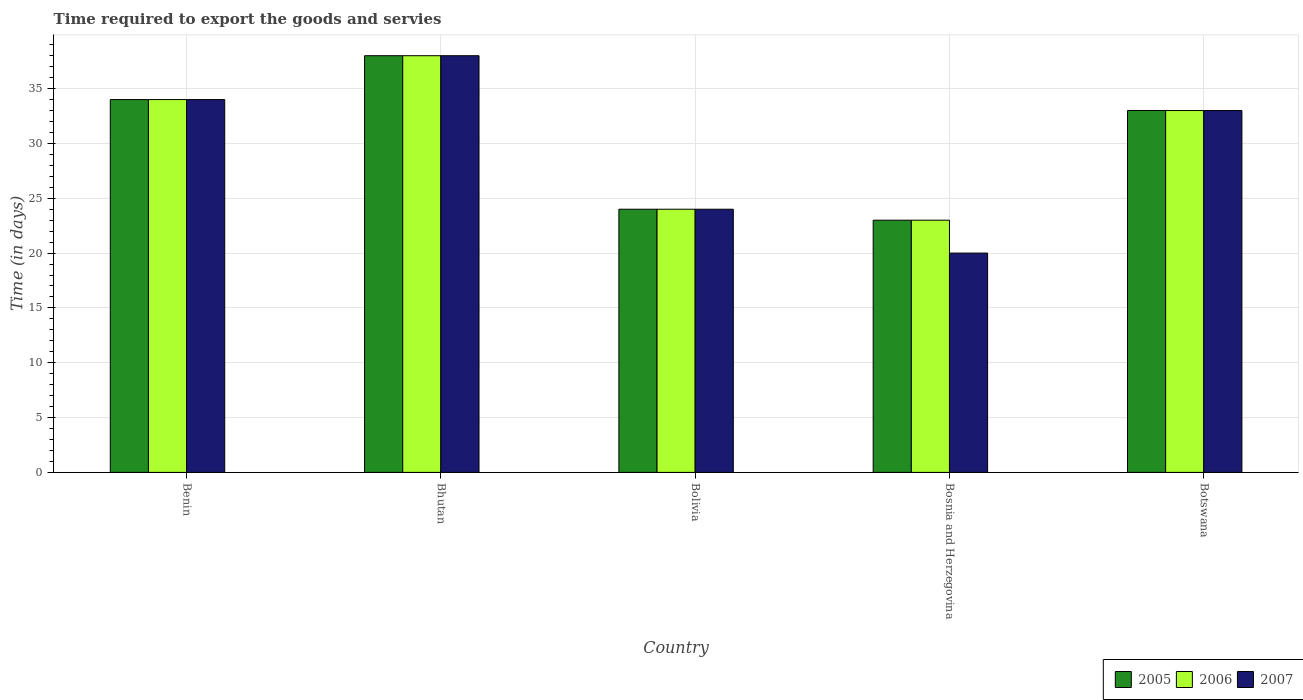
| Country | 2005 | 2006 | 2007 |
 | --- | --- | --- | --- |
 | Benin | 34 | 34 | 34 |
 | Bhutan | 38 | 38 | 38 |
 | Bolivia | 24 | 24 | 24 |
 | Bosnia and Herzegovina | 23 | 23 | 20 |
 | Botswana | 33 | 33 | 33 |